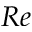
R e